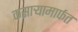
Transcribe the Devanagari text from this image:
कसार्‍यामार्फत